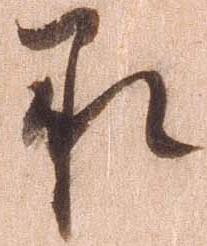
承